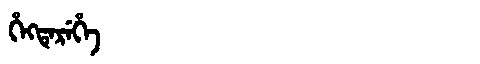
Manchu: ᡥᡝᡴᡨᡝᡵᡝᡥᡝ
Romanization: HEKTEREHE